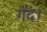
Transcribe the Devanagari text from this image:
गेंद।